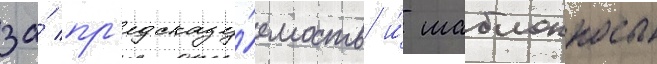
за́ пр'едсказу́емость и́ шаблонность